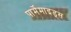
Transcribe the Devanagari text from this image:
पार्मेमाइड्स